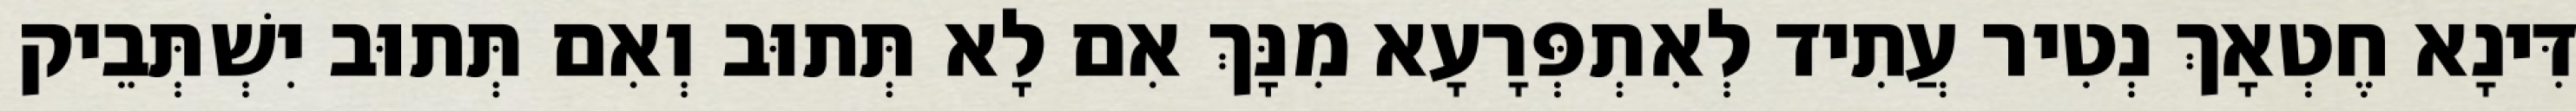
דִּינָא חֶטְאָךְ נְטִיר עֲתִיד לְאִתְפְּרָעָא מִנָּךְ אִם לָא תְּתוּב וְאִם תְּתוּב יִשְׁתְּבֵיק